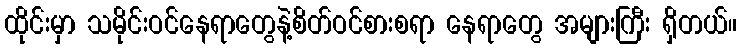
ထိုင်းမှာ သမိုင်းဝင်နေရာတွေနဲ့စိတ်ဝင်စားစရာ နေရာတွေ အများကြီး ရှိတယ်။